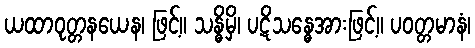
ယထာဝုတ္တနယေန၊ ဖြင့်။ သန္ဓိမှိ၊ ပဋိသန္ဓေအားဖြင့်။ ပဝတ္တမာနံ၊